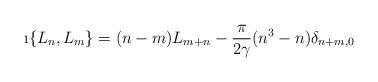
LaTeX: \begin{align*}\i \{L_n, L_m \} = (n-m)L_{m+n} - \frac{\pi}{2\gamma}(n^3 - n)\delta_{n+m,0} \,\end{align*}